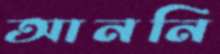
আননি